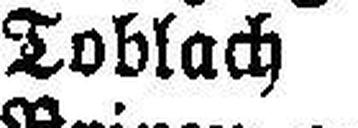
Toblach